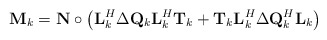
\begin{align*}\mathbf{M}_k = \mathbf{N} \circ \left(\mathbf{L}_k^H\Delta\mathbf{Q}_k\mathbf{L}_k^H\mathbf{T}_k + \mathbf{T}_k\mathbf{L}_k^H\Delta\mathbf{Q}_k^H\mathbf{L}_k \right)\end{align*}